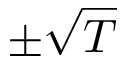
\pm \sqrt { T }